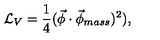
\mathcal { L } _ { V } = \frac { 1 } { 4 } ( \vec { \phi } \cdot \vec { \phi } _ { m a s s } ) ^ { 2 } ) ,